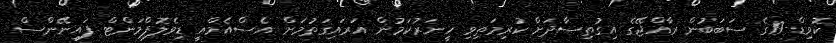
ކޮވިޑް-19ގެ ސަބަބުން ރާއްޖޭގެ އިގުތިސާދަށް ކުރިމަތިވި ހީނަރުކަމުން އަރައިގަތުމަށް އެސްއެމްއީ ޑިވެލޮޕްމަންޓް ފައިނޭންސް